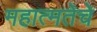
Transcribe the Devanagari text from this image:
महात्मतेचे